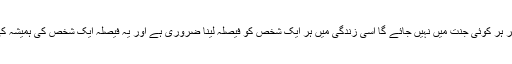
حالانکہ ہم آخر کار جلائے جائیں گے مگر ہر کوئی جنت میں نہیں جائے گا اسی زندگی میں ہر ایک شخص کو فیصلہ لینا ضروری ہے اور یہ فیصلہ ایک شخص کی ہمیشہ کی ابدیت کو معین کرے گا (پکا کرے گا)۔